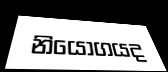
නියෝගයද